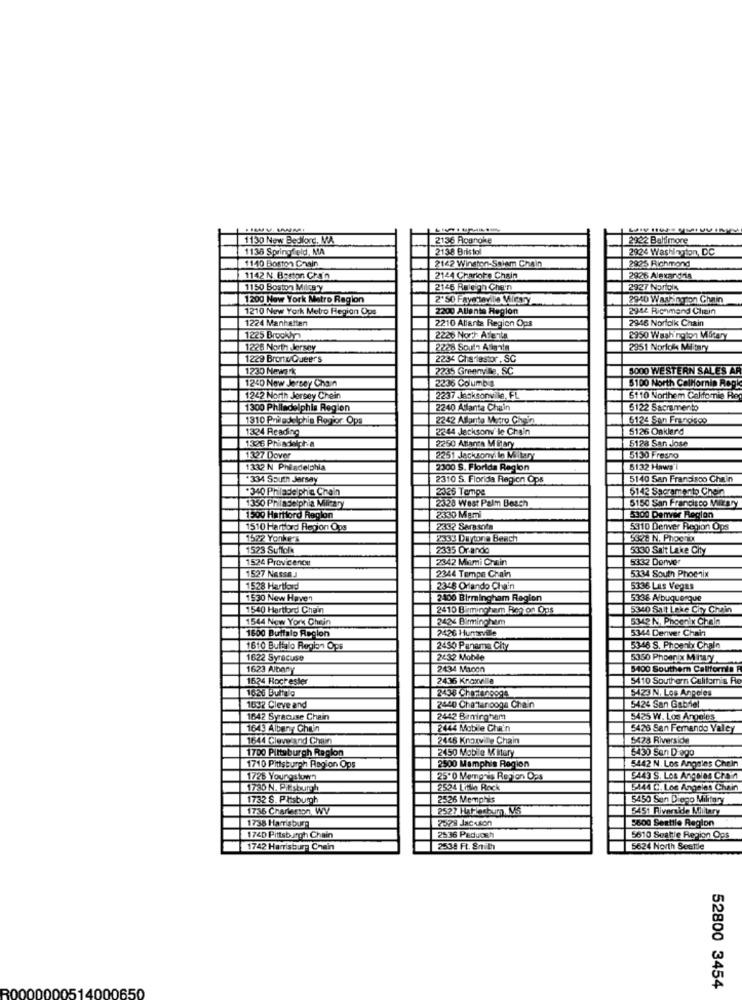
1130 New Bedford, MA
2136 Roanoke
2922 Balmore
1136 Springfeld, MA
2138 Bristol
2924 Washington, DC
1140 Boston Chain
2825 Richmond
2142 Winston-Salem Chain
1142 N. Boston Chain
2144 Chartore Chain
2926 Alexandris
1150 Boston Milca y
2146 Raleigh Che'n
2927 Norteix
1200 New York Matro Region
2040 Washington Chin
1210 New York Metro Region Ops
2200 Allenta Hegion
2944 Richmond Chain
1224 Manhattan
2210 Allanta Region Ops
2946 Norfolk Chain
1225 Brookly
2226 Nor'h Allenla
2950 Washington Mitary
1228 North Jersey
2228 South Asiaata
2351 Noriola Military
1229 BronxQueers
2234 Cha festor, SC
1230 New.Tk
2235 Greenvile, SC
5000 WESTERN SALES AR
1240 New Jersey Chain
2236 Columbia
$100 North CalMornin Regk
1242 North Jersey Chein
2237 Jacksonville, FL
5110 Northem Californie Re
1300 Philadelphia Region
2240 Atlanta Chain
5122 Sacramento
1310 Priledelphin Rogtor Ops
2242 Allanto Micro Chain
5124 San Francisco
1324 Reading
2244 Jacksonv'le Chain
5126 Oakland
1326 Philadelphia
2250 Atlanta M itary
5128 San Jose
1327 Dover
2251 Jacksonvile Mitary
5130 Fresno
1332 N Philadelphia
2300 S. Florida Region
5132 Haws i
+334 South Jarsay
2310 S. Florida Region Ops
5140 San Fransisco Chain
.340 Philadelphia Chain
5142 Sacramento Choin
2326 Tempe
2328 West Palm Beach
5150 San Francisco MirArY
1350 Philadelphia Military
1500 Hartford Region
2330 Mami
5300 Denver Region
1510 Hartord Rejon Ops
2332 Sarasota
5310 Denver Region Ops
1522 Yonkers
2333 Daytona Beach
1523 Suffolk
2335 Or ando
5330 Salt Lake City
1524 Provicence
2342 Mimi Chain
5332 Denver
1527 Nassa.J
5334 South Phoenix
2344 Tempe Chain
1528 Hartlord
2348 Orlando Cha'n
5336 Las Vegas
1530 New Haven
2400 Birmingham Region
5338 Albuquerque
1540 Hartford Chain
2410 Birmingham Ren on Ogs
5340 Salt Lake City Chain
1544 New York Chein
2424 Birmingham
5342 N, Phoenix Chain
2426 Huntsville
5344 Denver Chain
1600 Buffalo Region
1610 Buffalo Region Ops
2450 Panama City
5346 S. Phoenix Chalo
1622 Syracuse
2432 Mobile
5350 Phoenix MitLy
1623 Albary
2434 Moon
5400 Southern California
1624 Rochester
2436 Knoxville
5410 Southern California Re
5423 N, Los Angeles
1626 Bultalg
2438 Chortengogs
5424 San Gabriel
1032 Cleve and
2440 Chattanooga Chain
1642 Syracuse Chain
2442 Bamirgham
5425 W. Los Angeles
1643 Albeny Chen
2444 Mobile Cha'n
5426 San Fernando Valley
1644 Cleveland Chain
2446 Knoxville Chain
5428 Riverside
1700 Pittsburgh Ragion
6430 San Diego
2450 Mobile M Intery
5442 N. Los Angeles Chein
1710 Pittsburgh Ragion Qos
2500 Memphis Region
1725 Youngstown
250 Memoris Region Ops
5443 S. Los Angeles Choir
1730 N. Pittsburgh
2524 Little Rock
5444 C. Los Angeles Chain
1732 S. Prisburgh
2526 Memphis
5450 Sen Diego Military
1736 Charleston, WV
2527 Hatlesbum, MS
5451 Riverside Military
1738 Harrisburg
2528 Jackson
5600 Seattle Region
1740 Pittsburgh Chain
2536 Paducah
5610 Seattle Region Ops
1742 Harrisburg Chain
2534 FL. 811 th
5624 North Seattle
0650
52800 3454